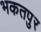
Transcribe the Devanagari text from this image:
भकतपुर